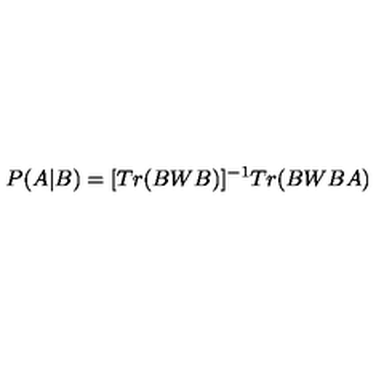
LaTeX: P ( A | B ) = [ T r ( B W B ) ] ^ { - 1 } T r ( B W B A )